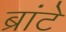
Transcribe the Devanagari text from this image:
ब्रांटे